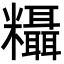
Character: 𬗂